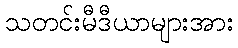
သတင်းမီဒီယာများအား